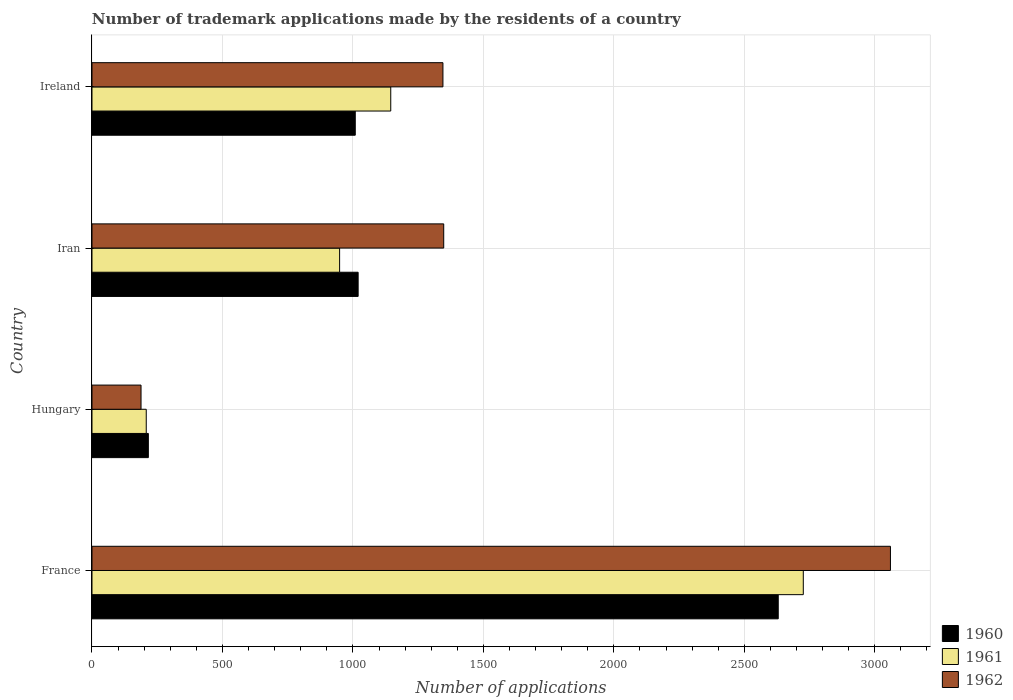
| Country | 1960 | 1961 | 1962 |
 | --- | --- | --- | --- |
 | France | 2.63e+03 | 2.73e+03 | 3.06e+03 |
 | Hungary | 216 | 208 | 188 |
 | Iran | 1.02e+03 | 949 | 1.35e+03 |
 | Ireland | 1.01e+03 | 1.14e+03 | 1.34e+03 |